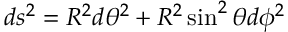
d s ^ { 2 } = R ^ { 2 } d \theta ^ { 2 } + R ^ { 2 } \sin ^ { 2 } \theta d \phi ^ { 2 }